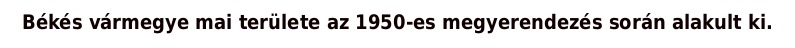
Békés vármegye mai területe az 1950-es megyerendezés során alakult ki.